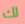
لك